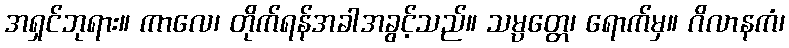
အရှင်ဘုရား။ ကာလေ၊ တိုက်ရန်အခါအခွင့်သည်။ သမ္ပတ္တေ၊ ရောက်မှ။ ဂိလာနကံ၊